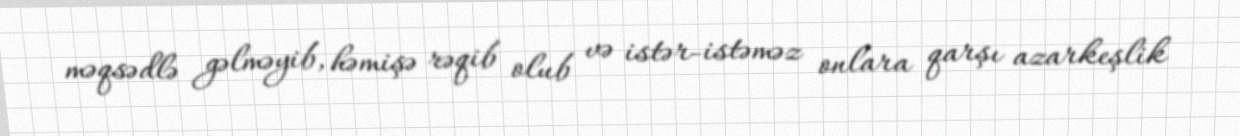
məqsədlə gəlməyib, həmişə rəqib olub və istər-istəməz onlara qarşı azarkeşlik